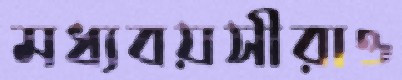
মধ্যবয়সীরাও